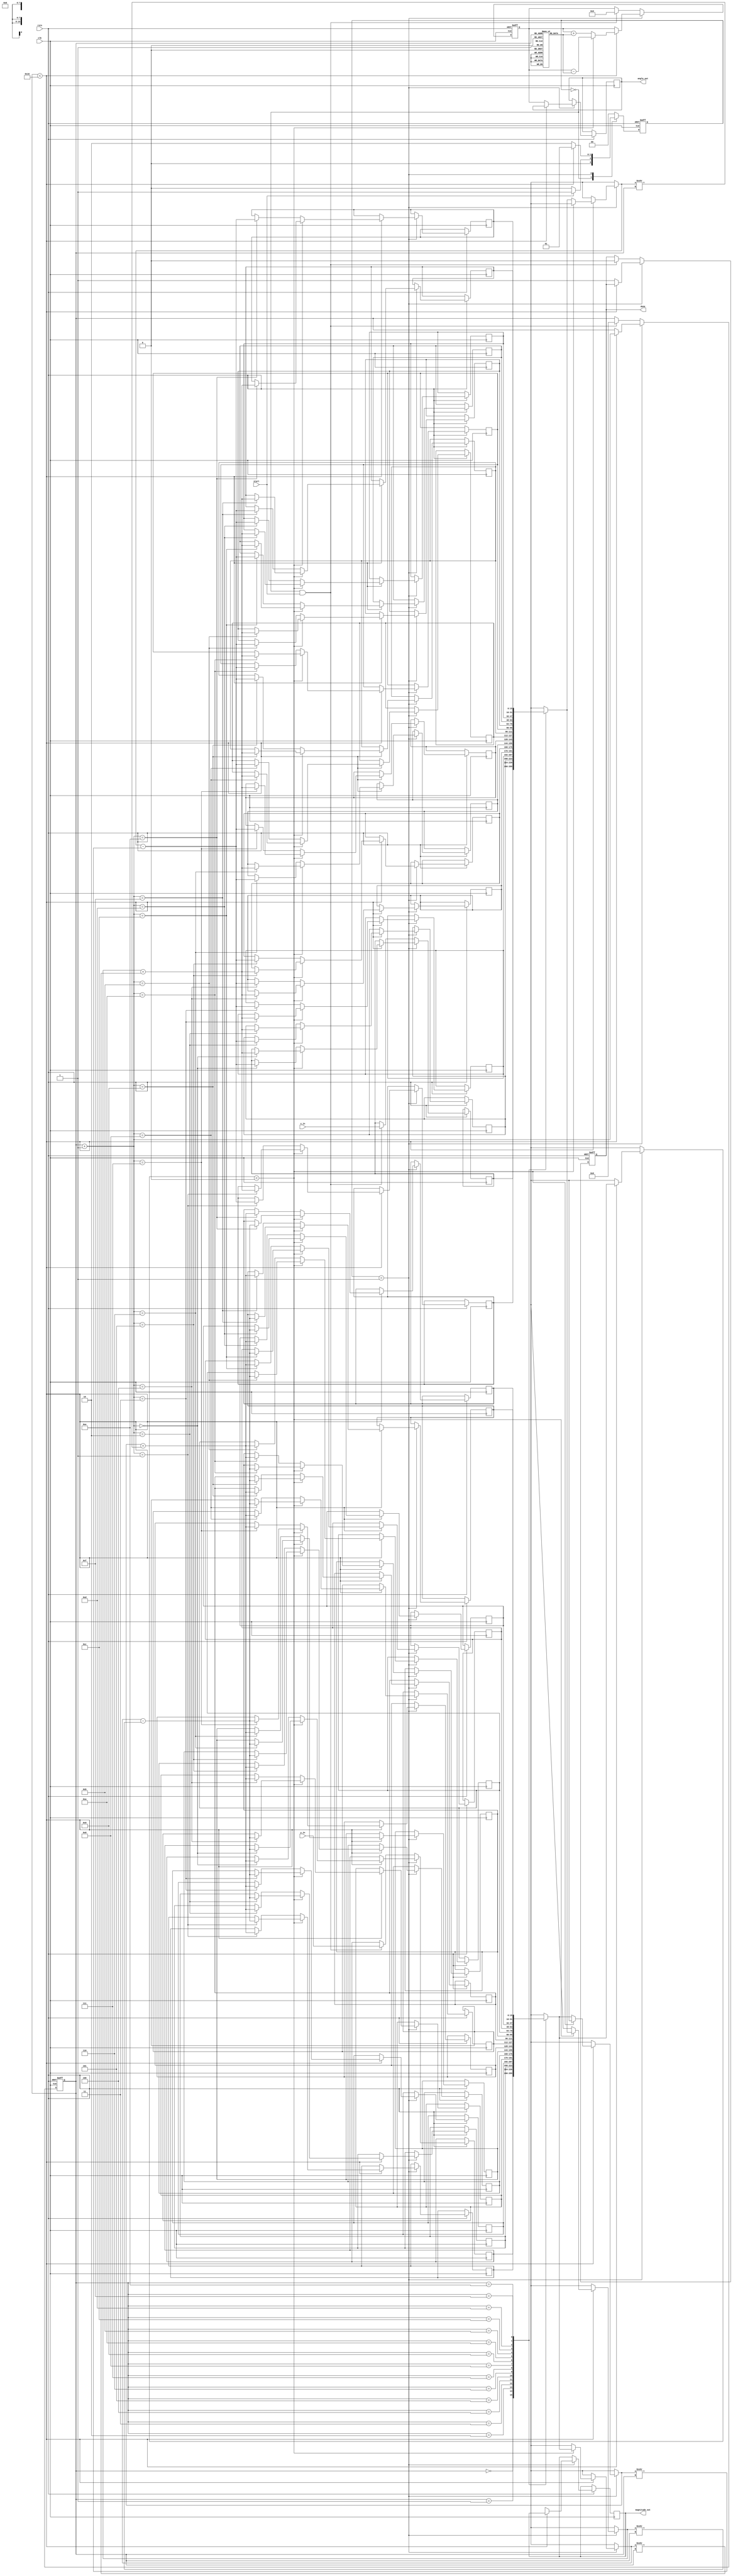
module VectoringCORDIC (
    input wire clk,               // Clock signal
    input wire rstn,              // Active low reset
    input wire start,             // Start signal for computation
    input wire [15:0] x_in,       // Input X vector (fixed-point)
    input wire [15:0] y_in,       // Input Y vector (fixed-point)
    output reg [15:0] angle_out,  // Computed angle (fixed-point)
    output reg [15:0] magnitude_out, // Computed magnitude (fixed-point)
    output reg done               // Computation done flag
);

    parameter N = 16;              // Number of iterations
    reg signed [15:0] x [0:N-1];   // X vector registers
    reg signed [15:0] y [0:N-1];   // Y vector registers
    reg signed [15:0] angle;        // Accumulated angle
    reg [3:0] i;                   // Iteration counter

    // CORDIC gain factor, approximated for N iterations
    localparam signed [15:0] gain = 16'h0001; // Placeholder, adjust based on your calculations

    // Arctangent lookup table
    reg signed [15:0] atan_table [0:N-1];
    initial begin
        // Initialize arctangent values (fix this as per your specifications)
        atan_table[0] = 16'h0000; // atan(0)
        // Fill this table with appropriate values
        // Example: atan_table[1] = 16'h1C71; // atan(1/2^1)
        // Example: atan_table[2] = 16'h1A62; // atan(1/2^2), adjust as needed
        // ...
    end

    // State encoding
    localparam IDLE = 2'd0, COMPUTE = 2'd1, DONE = 2'd2;
    reg [1:0] state, next_state;

    always @(posedge clk or negedge rstn) begin
        if (!rstn) begin
            state <= IDLE;
            angle <= 16'h0000;
            done <= 0;
            i <= 0;
        end else begin
            state <= next_state;
            if (state == COMPUTE) begin
                // Handle the iteration processing
                if (i < N) begin
                    if (y[i] < 0) begin // Clockwise rotation
                        x[i+1] <= x[i] + (y[i] >>> i);
                        y[i+1] <= y[i] - (x[i] >>> i);
                        angle <= angle - atan_table[i];
                    end else begin // Counterclockwise rotation
                        x[i+1] <= x[i] - (y[i] >>> i);
                        y[i+1] <= y[i] + (x[i] >>> i);
                        angle <= angle + atan_table[i];
                    end
                    i <= i + 1;
                end else begin
                    // Compute magnitude after final iteration
                    magnitude_out <= (x[N] * x[N] + y[N] * y[N]) >> 8; // Adjusting fixed-point scaling
                    angle_out <= angle;
                    done <= 1;
                end
            end else if (state == IDLE && start) begin
                // Initialize inputs and states
                x[0] <= x_in;
                y[0] <= y_in;
                angle <= 16'h0000;
                done <= 0;
                i <= 0;
            end
        end
    end

    always @(*) begin
        case (state)
            IDLE: begin
                next_state = start ? COMPUTE : IDLE;
            end
            COMPUTE: begin
                next_state = (i < N) ? COMPUTE : DONE;
            end
            DONE: begin
                next_state = IDLE; // Reset state after done
            end
            default: next_state = IDLE;
        endcase
    end

endmodule